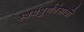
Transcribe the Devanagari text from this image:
स्वयंपूर्णतेसाठी